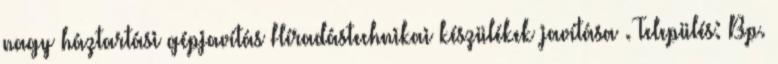
nagy háztartási gépjavítás Híradástechnikai készülékek javítása . Település: Bp.